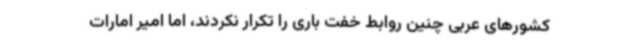
کشورهای عربی چنین روابط خفت باری را تکرار نکردند، اما امیر امارات